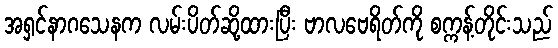
အရှင်နာဂသေနက လမ်းပိတ်ဆို့ထားပြီး ဗာလဗေရိတ်ကို စက္ကန့်တိုင်းသည်